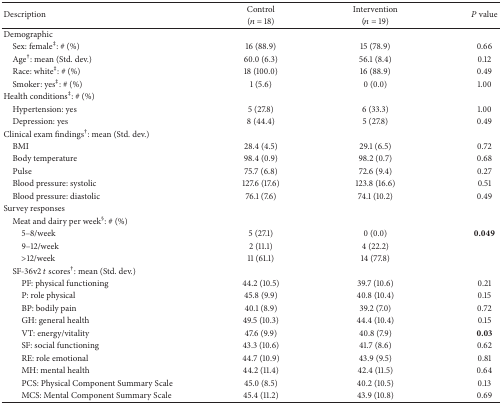
<table><thead><tr><td rowspan="2"><b>Description</b></td><td><b>Control</b></td><td><b>Intervention</b></td><td rowspan="2"><b><i>P</i> value</b></td></tr><tr><td><b>(<i>n</i> = 18)</b></td><td><b>(<i>n</i> = 19)</b></td></tr></thead><tbody><tr><td>Demographic</td><td> </td><td> </td><td> </td></tr><tr><td> Sex: female<sup>‡</sup>: # (%)</td><td>16 (88.9)</td><td>15 (78.9)</td><td>0.66</td></tr><tr><td> Age<sup>†</sup>: mean (Std. dev.)</td><td>60.0 (6.3)</td><td>56.1 (8.4)</td><td>0.12</td></tr><tr><td> Race: white<sup>‡</sup>: # (%)</td><td>18 (100.0)</td><td>16 (88.9)</td><td>0.49</td></tr><tr><td> Smoker: yes<sup>‡</sup>: # (%)</td><td>1 (5.6)</td><td>0 (0.0)</td><td>1.00</td></tr><tr><td>Health conditions<sup>‡</sup>: # (%)</td><td> </td><td> </td><td> </td></tr><tr><td> Hypertension: yes</td><td>5 (27.8)</td><td>6 (33.3)</td><td>1.00</td></tr><tr><td> Depression: yes</td><td>8 (44.4)</td><td>5 (27.8)</td><td>0.49</td></tr><tr><td>Clinical exam findings<sup>†</sup>: mean (Std. dev.)</td><td> </td><td> </td><td> </td></tr><tr><td> BMI</td><td>28.4 (4.5)</td><td>29.1 (6.5)</td><td>0.72</td></tr><tr><td> Body temperature</td><td>98.4 (0.9)</td><td>98.2 (0.7)</td><td>0.68</td></tr><tr><td> Pulse</td><td>75.7 (6.8)</td><td>72.6 (9.4)</td><td>0.27</td></tr><tr><td> Blood pressure: systolic</td><td>127.6 (17.6)</td><td>123.8 (16.6)</td><td>0.51</td></tr><tr><td> Blood pressure: diastolic</td><td>76.1 (7.6)</td><td>74.1 (10.2)</td><td>0.49</td></tr><tr><td>Survey responses</td><td> </td><td> </td><td> </td></tr><tr><td> Meat and dairy per week<sup>§</sup>: # (%)</td><td> </td><td> </td><td> </td></tr><tr><td>5–8/week</td><td>5 (27.1)</td><td>0 (0.0)</td><td><b>0.049</b></td></tr><tr><td>9–12/week</td><td>2 (11.1)</td><td>4 (22.2)</td><td> </td></tr><tr><td>&gt;12/week</td><td>11 (61.1)</td><td>14 (77.8)</td><td> </td></tr><tr><td> SF-36v2 <i>t</i> scores<sup>†</sup>: mean (Std. dev.)</td><td> </td><td> </td><td> </td></tr><tr><td>PF: physical functioning</td><td>44.2 (10.5)</td><td>39.7 (10.6)</td><td>0.21</td></tr><tr><td>P: role physical</td><td>45.8 (9.9)</td><td>40.8 (10.4)</td><td>0.15</td></tr><tr><td>BP: bodily pain</td><td>40.1 (8.9)</td><td>39.2 (7.0)</td><td>0.72</td></tr><tr><td>GH: general health</td><td>49.5 (10.3)</td><td>44.4 (10.4)</td><td>0.15</td></tr><tr><td>VT: energy/vitality</td><td>47.6 (9.9)</td><td>40.8 (7.9)</td><td><b>0.03</b></td></tr><tr><td>SF: social functioning </td><td>43.3 (10.6)</td><td>41.7 (8.6)</td><td>0.62</td></tr><tr><td>RE: role emotional </td><td>44.7 (10.9)</td><td>43.9 (9.5)</td><td>0.81</td></tr><tr><td>MH: mental health</td><td>44.2 (11.4)</td><td>42.4 (11.5)</td><td>0.64</td></tr><tr><td>PCS: Physical Component Summary Scale</td><td>45.0 (8.5)</td><td>40.2 (10.5)</td><td>0.13</td></tr><tr><td>MCS: Mental Component Summary Scale</td><td>45.4 (11.2)</td><td>43.9 (10.8)</td><td>0.69</td></tr></tbody></table>